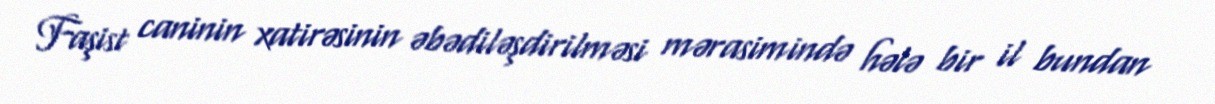
Faşist caninin xatirəsinin əbədiləşdirilməsi mərasimində hələ bir il bundan